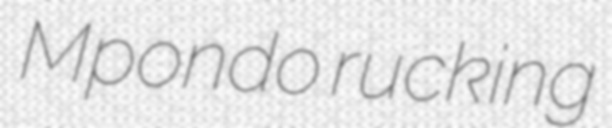
Mpondo rucking